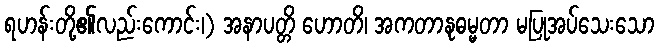
ရဟန်းတို့၏လည်းကောင်း၊) အနာပတ္တိ ဟောတိ၊ အကတာနုဓမ္မတာ မပြုအပ်သေးသော